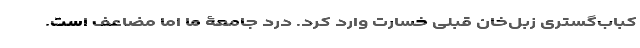
کباب‌گستریِ زبل‌خانِ قبلی خسارت وارد کرد. درد جامعۀ ما اما مضاعف است.